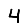
Digit: 4